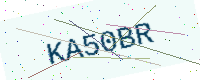
Text: KA50BR